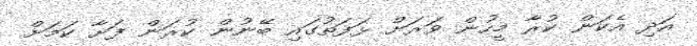
އަދި އެކަން ކުރާ މީހުން ވަރަށް ޅަފަތުގައި ބޭނުން ކުރަން ފަށާ ކަމަށް